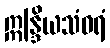
ဣန္ဒြိယသံဝရံ